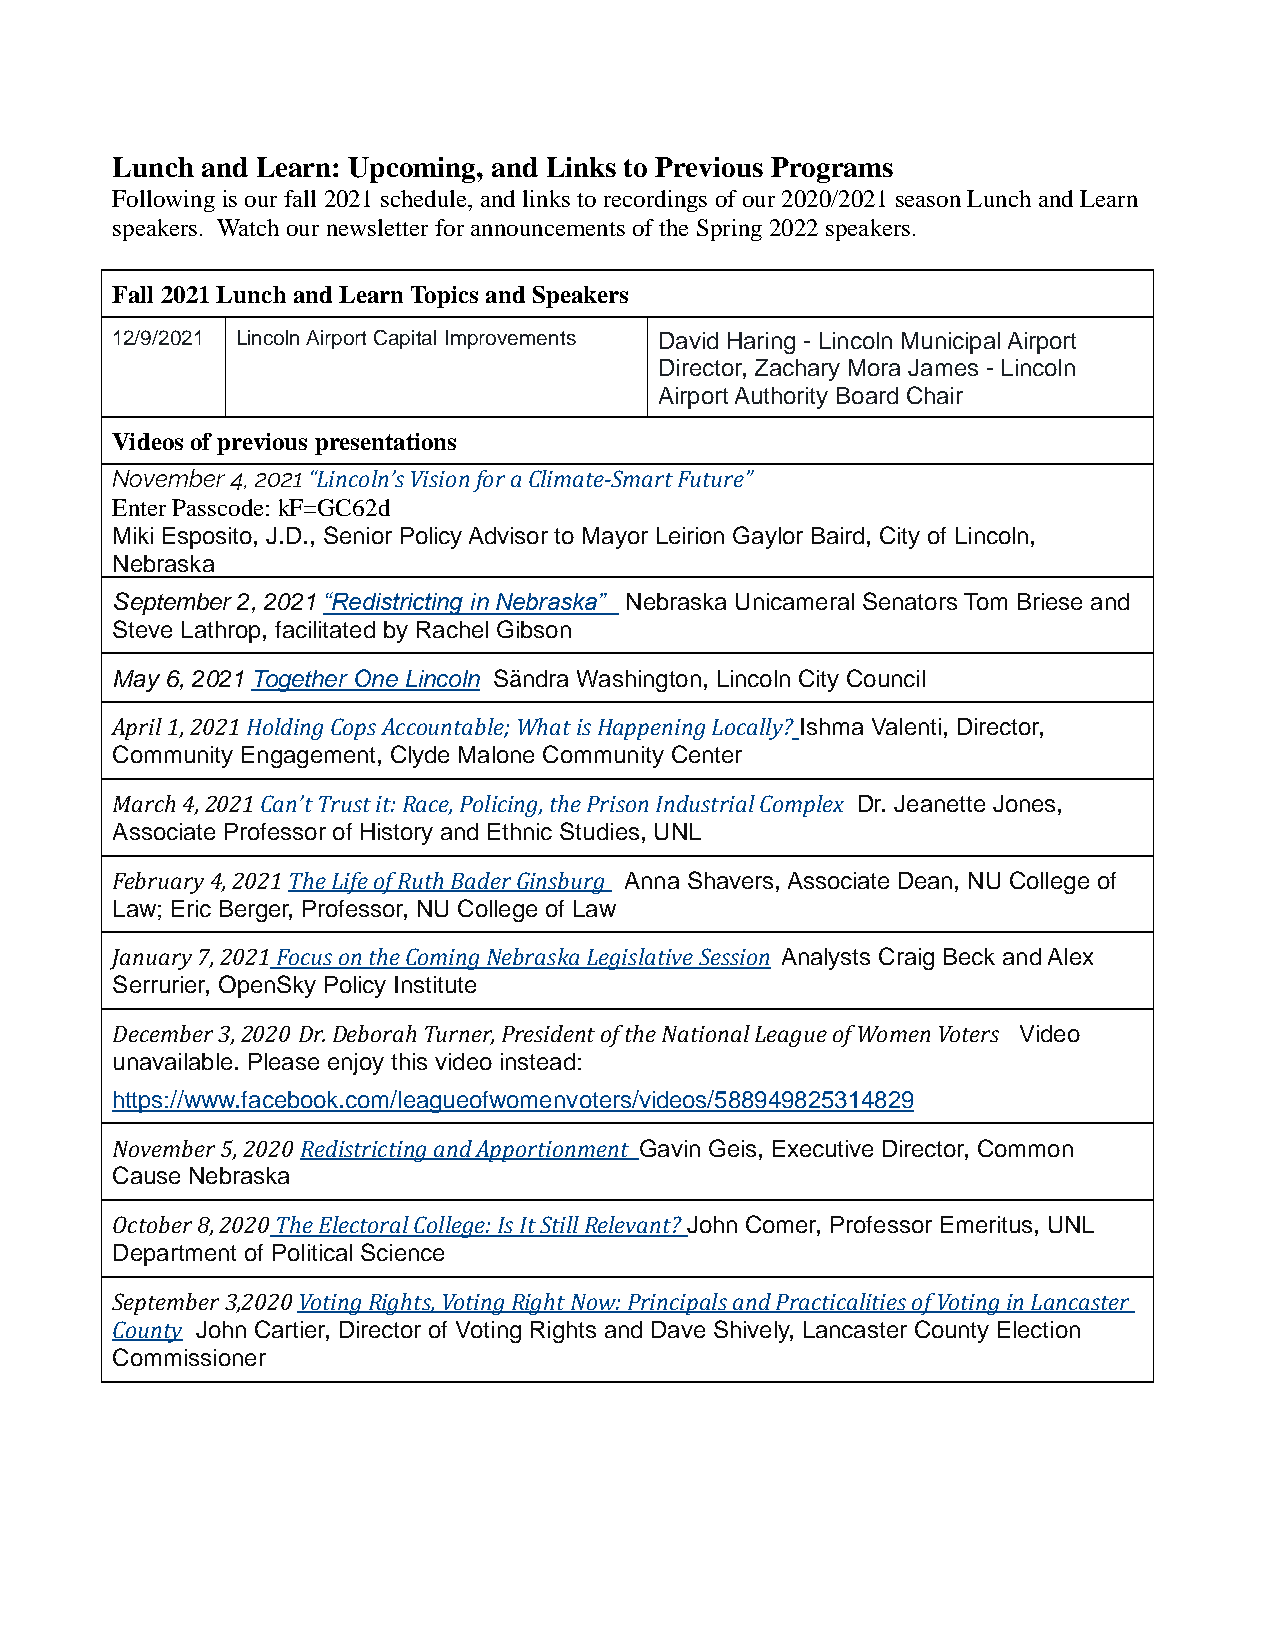
Lunch and Learn: Upcoming, and Links to Previous Programs
 Following is our fall 2021 schedule, and links to recordings of our 2020/2021 season Lunch and Learn
 speakers. Watch our newsletter for announcements of the Spring 2022 speakers.
 Fall 2021 Lunch and Learn Topics and Speakers
 12/9/2021 Lincoln Airport Capital Improvements David Haring - Lincoln Municipal Airport
 Director, Zachary Mora James - Lincoln
 Airport Authority Board Chair
 Videos of previous presentations
 November 4, 2021 “Lincoln’s Vision for a Climate-Smart Future”
 Enter Passcode: kF=GC62d
 Miki Esposito, J.D., Senior Policy Advisor to Mayor Leirion Gaylor Baird, City of Lincoln,
 Nebraska
 September 2, 2021 “Redistricting in Nebraska” Nebraska Unicameral Senators Tom Briese and
 Steve Lathrop, facilitated by Rachel Gibson
 May 6, 2021 Together One Lincoln Sändra Washington, Lincoln City Council
 April 1, 2021 Holding Cops Accountable; What is Happening Locally? Ishma Valenti, Director,
 Community Engagement, Clyde Malone Community Center
 March 4, 2021 Can’t Trust it: Race, Policing, the Prison Industrial Complex Dr. Jeanette Jones,
 Associate Professor of History and Ethnic Studies, UNL
 February 4, 2021 The Life of Ruth Bader Ginsburg Anna Shavers, Associate Dean, NU College of
 Law; Eric Berger, Professor, NU College of Law
 January 7, 2021 Focus on the Coming Nebraska Legislative Session Analysts Craig Beck and Alex
 Serrurier, OpenSky Policy Institute
 December 3, 2020 Dr. Deborah Turner, President of the National League of Women Voters Video
 unavailable. Please enjoy this video instead:
 https://www.facebook.com/leagueofwomenvoters/videos/588949825314829
 November 5, 2020 Redistricting and Apportionment Gavin Geis, Executive Director, Common
 Cause Nebraska
 October 8, 2020 The Electoral College: Is It Still Relevant? John Comer, Professor Emeritus, UNL
 Department of Political Science
 September 3,2020 Voting Rights, Voting Right Now: Principals and Practicalities of Voting in Lancaster
 County John Cartier, Director of Voting Rights and Dave Shively, Lancaster County Election
 Commissioner